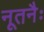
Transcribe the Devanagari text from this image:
नूतनैः